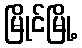
မြိုင်မြို့